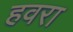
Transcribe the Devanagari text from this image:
हवरा